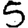
Digit: 5